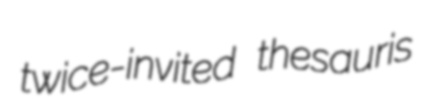
twice-invited thesauris